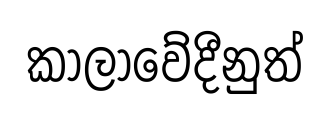
කාලාවේදීනුත්